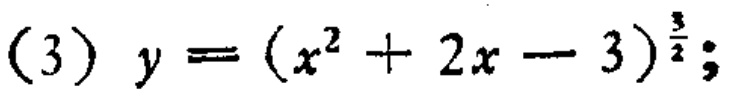
(3) \(y=(x^{2}+2x - 3)^{\frac{3}{2}}\);